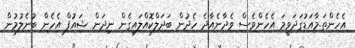
އެހެންތަ.މާއަޑުގަދަވީމަ އެހެންވެސް ވެދާނެއާދެ ހެދުން ބަދަލްކޮއްލައިގެން ނިދަން ޝައުފް އެހެން ބުނެލުމުން